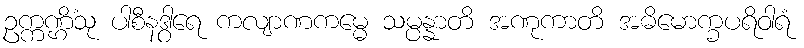
ဥက္ကဏ္ဌိံသု ပါစီနဒွါရေ ကလျာဏကမ္မေ သမ္ပန္နာတိ အဏုကာတိ အဓိမောက္ခပရိဝါရံ